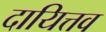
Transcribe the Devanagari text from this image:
दायित्तव